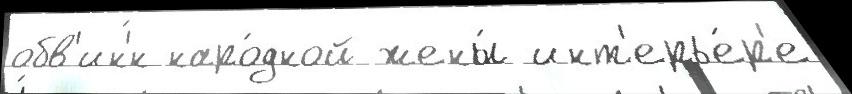
обв'ин'́н наро́дной жены́ инт'ерье́р'е